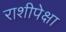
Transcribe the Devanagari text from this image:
राशीपेक्षा